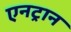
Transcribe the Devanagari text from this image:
एनट्रान